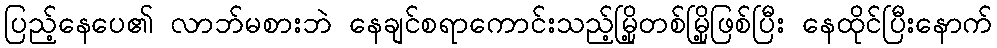
ပြည့်နေပေ၏ လာဘ်မစားဘဲ နေချင်စရာကောင်းသည့်မြို့တစ်မြို့ဖြစ်ပြီး နေထိုင်ပြီးနောက်